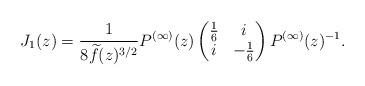
LaTeX: \begin{align*}J_1(z) = \frac{1}{8\widetilde{f}(z)^{3/2}} P^{(\infty)}(z)\begin{pmatrix} \frac{1}{6} & i \\ i & -\frac{1}{6} \\\end{pmatrix} P^{(\infty)}(z)^{-1}.\end{align*}